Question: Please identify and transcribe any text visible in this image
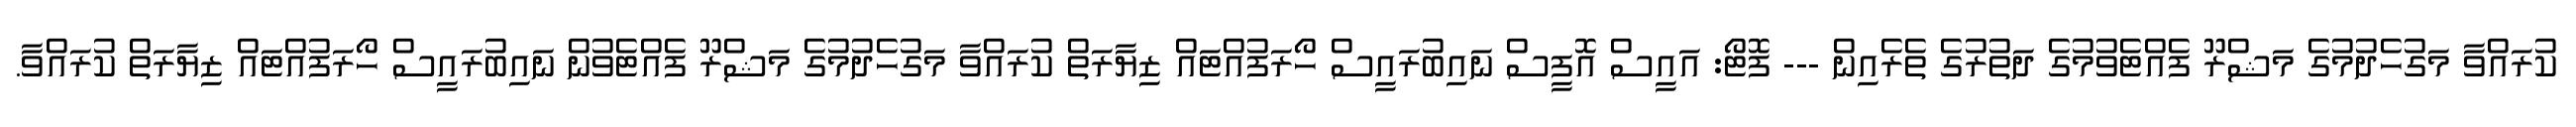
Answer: ކުރައްވާ މަގުހެދުމުގެ މަޝްރޫ ފެއްޓެވުމުގެ ދަތުރުގެ ތެރެއިން --- ފޮޓޯ: އައީސް އޮފީސް ނައިބުރައީސް ހޯރަފުއްޓައް ޒިޔާރަތް ކުރައްވާ މަގުހެދުމުގެ މަޝްރޫ ފެއްޓެވުން ނައިބުރައީސް ހޯރަފުއްޓައް ޒިޔާރަތް ކުރައްވާ.